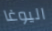
اليوغا